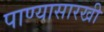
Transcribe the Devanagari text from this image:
पाण्यासारखी